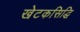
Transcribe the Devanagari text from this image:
खेटकसिद्धि